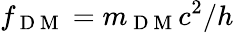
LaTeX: f_{\mathrm{~D~M~}}=m_{\mathrm{~D~M~}}c^{2}/h